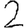
Digit: 2